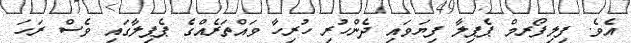
އެވެ. ފިލިފޯރމް ޕެޕިލާ ފިޔަވައި ދެންހުރި ހުރިހާ ވައްތަރެއްގެ ޕެޕިލާގައި ވެސް ރަހަ